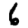
Digit: 6